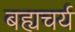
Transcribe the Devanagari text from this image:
बह्यचर्य